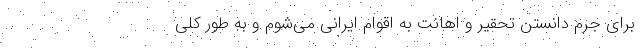
برای جرم دانستنِ تحقیر و اهانت به اقوام ایرانی می‌شوم و به طور کلی